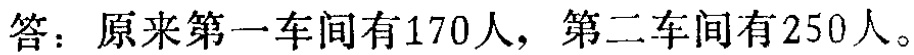
答：原来第一车间有170人，第二车间有250人。